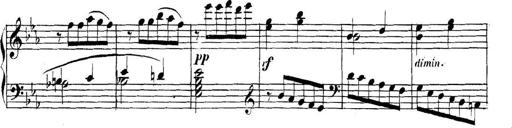
Title: Collected Piano Sonatas
Composer: Muzio Clementi